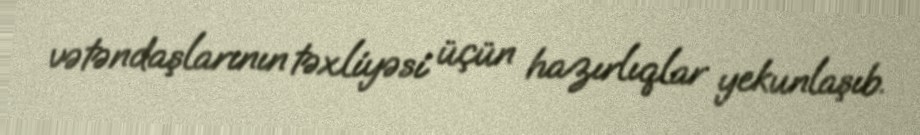
vətəndaşlarının təxliyəsi üçün hazırlıqlar yekunlaşıb.